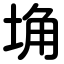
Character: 埆